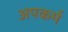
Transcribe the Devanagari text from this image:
अपकर्म